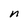
Character: n